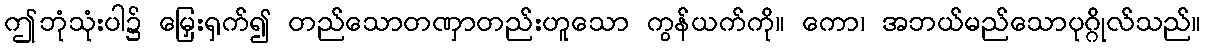
ဤဘုံသုံးပါ၌ မြှေးရှက်၍ တည်သောတဏှာတည်းဟူသော ကွန်ယက်ကို။ ကော၊ အဘယ်မည်သောပုဂ္ဂိုလ်သည်။